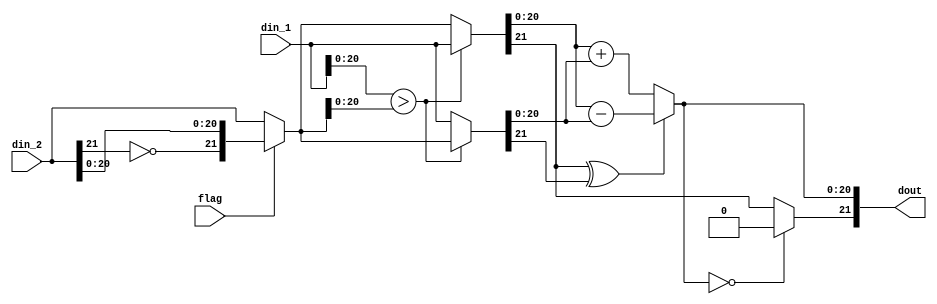


module adder_subtractor#(parameter number_bits=22,
	                     parameter N=32,
	                     parameter Q=8)
(
input flag,
input [number_bits-1:0]din_1,
input [number_bits-1:0]din_2,
output reg [number_bits-1:0]dout
);
reg [number_bits-1:0] num2; // to convert - to +
reg [number_bits-1:0] in1; // for biggest number
reg [number_bits-1:0] in2; // for small number

always@(*)
    begin
     //**************** if i want to sub so i should change the sign of second number to coonvert - to + ****************
        if(flag)
           num2={~din_2[number_bits-1],din_2[number_bits-2:0]};
        else
           num2={din_2[number_bits-1],din_2[number_bits-2:0]};
     //************************************************************************************************
     //************************ put the bigggest number in in1 *************************
         if (din_1[number_bits-2:0] > num2[number_bits-2:0] )
            begin
                in1=din_1;
                in2=num2;
            end
         else
             begin
                in1=num2;
                in2=din_1;
             end
      //************************************************************************************************   
      
      //************************   ask about sign of two numbere if 00 11 10 10  **********************   
          if (in1[number_bits-1] ^ in2[number_bits-1] )
              begin
                // if two numbers have diff signs (10 or 01) so in1-in2
                dout[number_bits-2:0]= in1[number_bits-2:0]-in2[number_bits-2:0];
              end
          else
              begin
               // if two numbers have the same sign  (11 or 00)so in1+in2
                dout[number_bits-2:0]= in1[number_bits-2:0]+in2[number_bits-2:0];
                
              end
     //************************************************************************************************  
      
    //************************  to prevent that  (-0 or +0) as i should have only (+0)  ****************         
          if (dout[number_bits-2:0]==0)
               dout[number_bits-1]=0;
          else
               dout[number_bits-1]=in1[number_bits-1]; // tkae sign oof biggest number
     //************************************************************************************************        
    end
endmodule